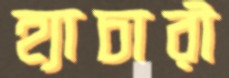
হ্যাচারী